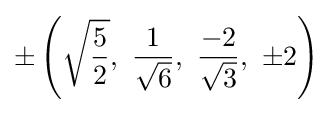
\pm \left({\sqrt {\frac {5}{2}}},\ {\frac {1}{\sqrt {6}}},\ {\frac {-2}{\sqrt {3}}},\ \pm 2\right)